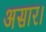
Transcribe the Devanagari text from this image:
असार।